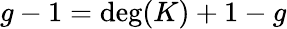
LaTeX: g-1=\deg(K)+1-g